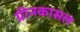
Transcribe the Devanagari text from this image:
ग्रीनकासल